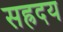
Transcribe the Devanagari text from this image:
सह्रदय